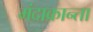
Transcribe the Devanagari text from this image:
मंदाक्रान्ता